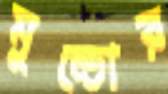
মুন্ডোর